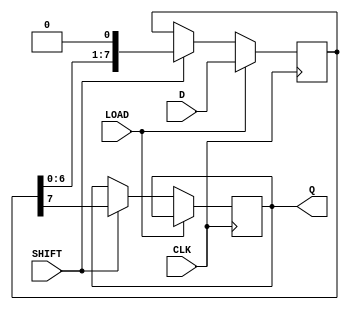
module dynamic_piso_register #(
    parameter WIDTH = 8  // Width of the register (number of bits)
)(
    input wire [WIDTH-1:0] D,   // Parallel data input
    input wire LOAD,             // Load control signal
    input wire SHIFT,            // Shift control signal
    input wire CLK,              // Clock signal
    output reg Q                // Serial output
);

    reg [WIDTH-1:0] shift_reg;   // Shift register to hold data

    always @(posedge CLK) begin
        if (LOAD) begin
            // Load data into the shift register
            shift_reg <= D;
        end else if (SHIFT) begin
            // Shift data out serially
            Q <= shift_reg[WIDTH-1]; // Output the MSB
            shift_reg <= {shift_reg[WIDTH-2:0], 1'b0}; // Shift left
        end
    end

endmodule